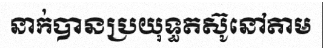
នាក់បានប្រយុទ្ធតស៊ូនៅតាម